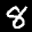
Label: 8